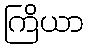
ကြိယာ